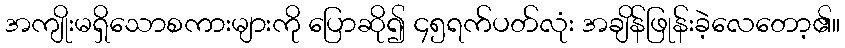
အကျိုးမရှိသောစကားများကို ပြောဆို၍ ၄၅ရက်ပတ်လုံး အချိန်ဖြုန်းခဲ့လေတော့၏။